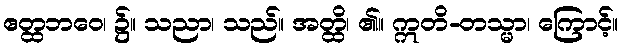
ဧတ္ထဘဝေ၊ ၌။ သညာ၊ သည်။ အတ္ထိ၊ ၏။ ဣတိ-တသ္မာ၊ ကြောင့်။